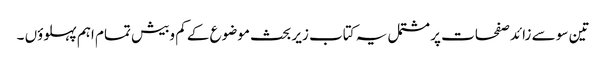
تین سو سے زائد صفحات پر مشتمل یہ کتاب زیر بحث موضوع کے کم وبیش تمام اہم پہلوؤں ۔